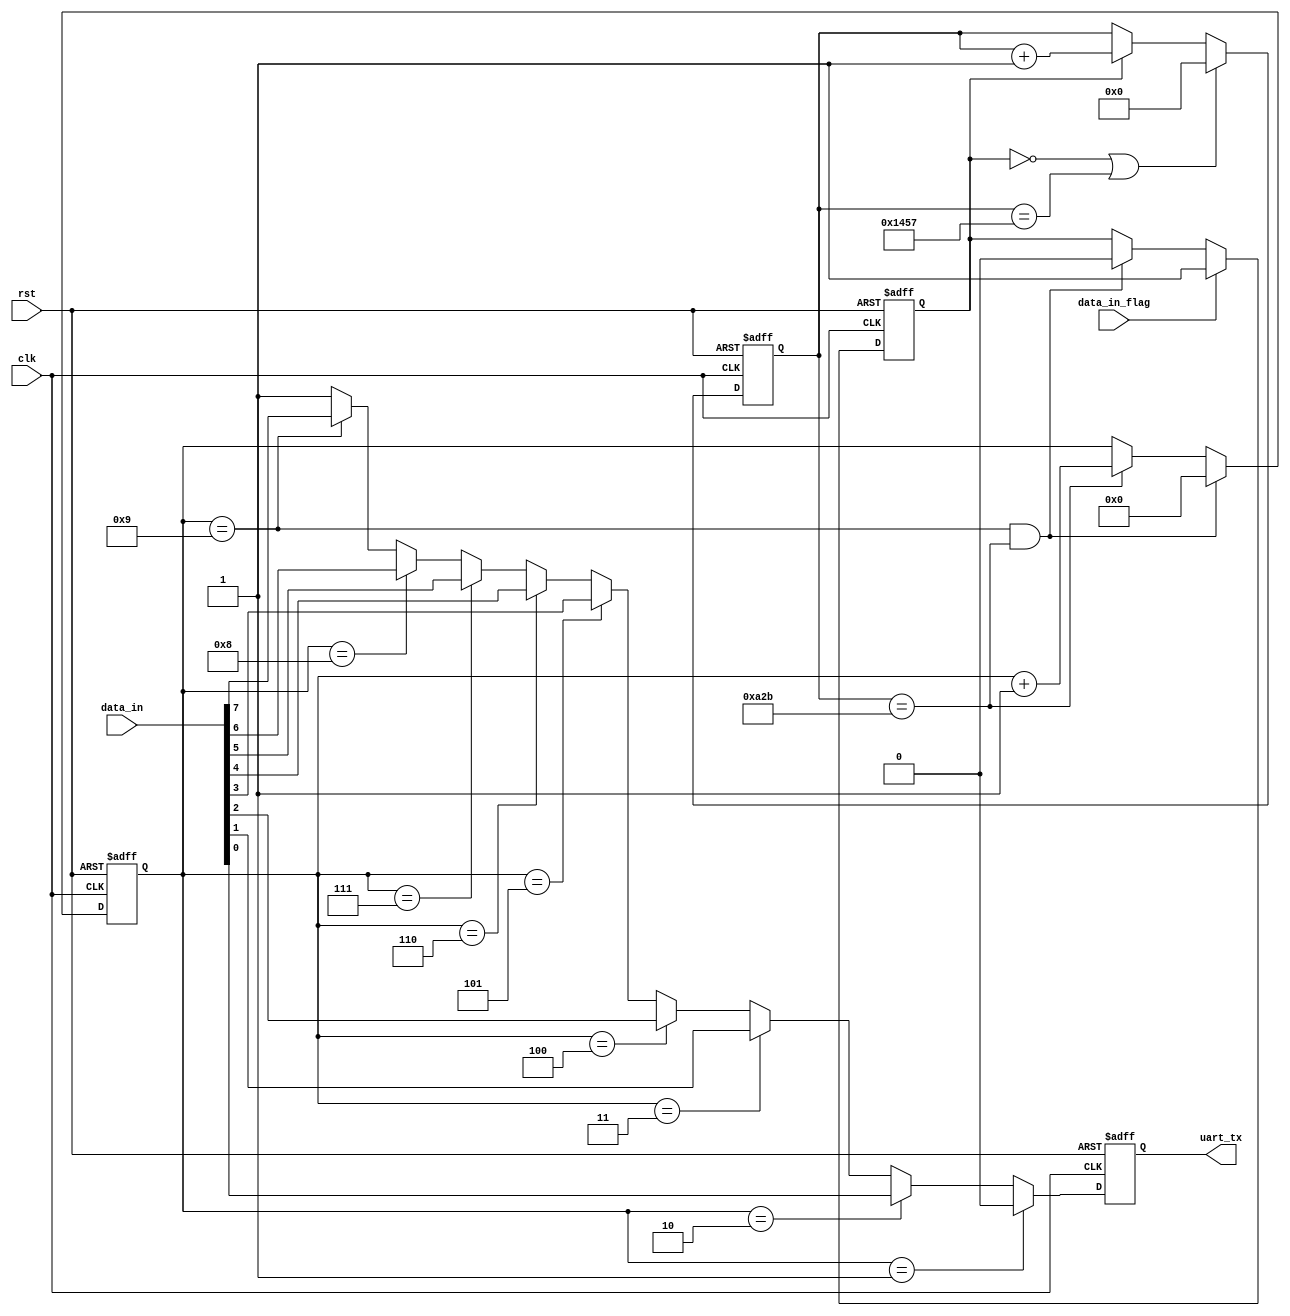
// This program was cloned from: https://github.com/MongooseOrion/FPGA_atoms
// License: MIT License

/* =======================================================================
* Copyright (c) 2023, MongooseOrion.
* All rights reserved.
*
* The following code snippet may contain portions that are derived from
* OPEN-SOURCE communities, and these portions will be licensed with: 
*
* <NULL>
*
* If there is no OPEN-SOURCE licenses are listed, it indicates none of
* content in this Code document is sourced from OPEN-SOURCE communities. 
*
* In this case, the document is protected by copyright, and any use of
* all or part of its content by individuals, organizations, or companies
* without authorization is prohibited, unless the project repository
* associated with this document has added relevant OPEN-SOURCE licenses
* by github.com/MongooseOrion. 
*
* Please make sure using the content of this document in accordance with 
* the respective OPEN-SOURCE licenses. 
* 
* THIS CODE IS PROVIDED BY https://github.com/MongooseOrion. 
* FILE ENCODER TYPE: UTF-8
* ========================================================================
*/
// uart uart_tx 
// 
module uart_tx#(
    parameter CLK_FEQ = 26'd50_000_000,
    parameter UART_BOT = 15'd9600
)(
    input               clk,
    input               rst,
    input       [7:0]   data_in,
    input               data_in_flag,
    output reg          uart_tx
);

localparam BIT_CNT_MAX = CLK_FEQ / UART_BOT;

reg         work_en;
reg [15:0]  baud_cnt;
reg [3:0]   bit_cnt;


// 
always @(posedge clk or negedge rst) begin
    if(!rst) begin
        work_en <= 1'b0;
    end
    else if(data_in_flag) begin
        work_en <= 1'b1;
    end
    else if((bit_cnt == 4'd9) && (baud_cnt == BIT_CNT_MAX/2 - 1'b1)) begin
        work_en <= 1'b0;
    end
end


// 9600
always @(posedge clk or negedge rst) begin
    if(!rst) begin
        baud_cnt <= 16'd0;
    end
    else if((work_en==1'b0) || (baud_cnt==BIT_CNT_MAX - 1'b1)) begin
        baud_cnt <= 16'd0;
    end
    else if(work_en) begin
        baud_cnt <= baud_cnt + 1'b1;
    end
    else begin
        baud_cnt <= baud_cnt;
    end
end


// 
always @(posedge clk or negedge rst) begin 
    if(!rst) begin
        bit_cnt <= 4'b0;
    end
    else if((bit_cnt==4'd9) && (baud_cnt==BIT_CNT_MAX/2 - 1'b1)) begin
        bit_cnt <= 4'b0;
    end
    else if(baud_cnt==BIT_CNT_MAX/2 - 1'b1) begin
        bit_cnt <= bit_cnt+1'b1;
    end
    else begin
        bit_cnt <= bit_cnt;
    end
end


always @(posedge clk or negedge rst) begin
    if(!rst) 
        uart_tx <= 1'b1;
    else if(bit_cnt==4'b1)
        uart_tx <= 1'b0;
    else if(bit_cnt==4'd2)
        uart_tx <= data_in[0];
    else if(bit_cnt==4'd3)
        uart_tx <= data_in[1];
    else if(bit_cnt==4'd4)
        uart_tx <= data_in[2];
    else if(bit_cnt==4'd5)
        uart_tx <= data_in[3];
    else if(bit_cnt==4'd6)
        uart_tx <= data_in[4];
    else if(bit_cnt==4'd7)
        uart_tx <= data_in[5];
    else if(bit_cnt==4'd8)
        uart_tx <= data_in[6];
    else if(bit_cnt==4'd9)
        uart_tx <= data_in[7];
    else
        uart_tx <= 1'b1;
end


endmodule